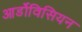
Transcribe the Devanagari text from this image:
आर्डोविसियन